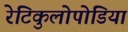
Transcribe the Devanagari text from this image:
रेटिकुलोपोडिया